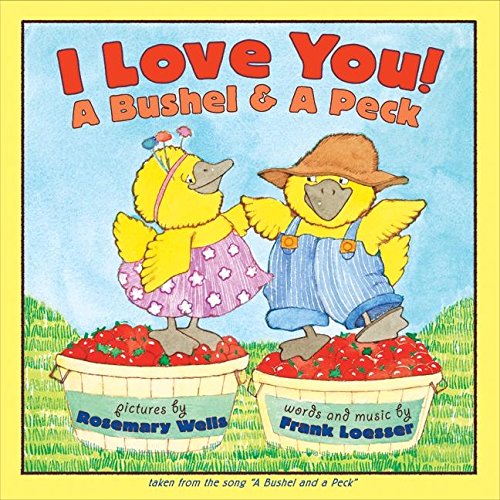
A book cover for I Love You! A Bushel & A Peck; Frank Loesser; Children's Books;